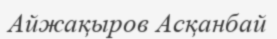
Айжақыров Асқанбай